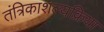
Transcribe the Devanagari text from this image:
तंत्रिकाशल्यक्रिया